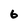
Character: 6